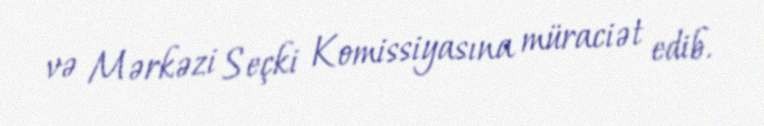
və Mərkəzi Seçki Komissiyasına müraciət edib.